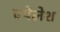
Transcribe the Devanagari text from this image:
एपेलेश